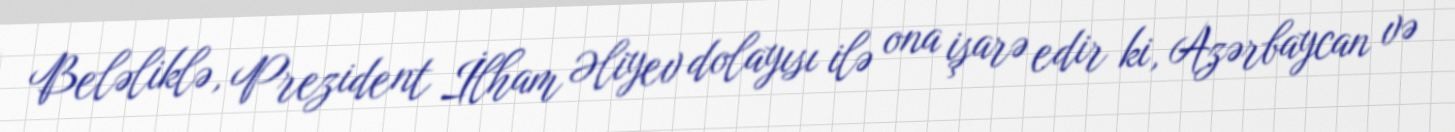
Beləliklə, Prezident İlham Əliyev dolayısı ilə ona işarə edir ki, Azərbaycan və